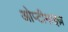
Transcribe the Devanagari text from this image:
ओप्टीमाइज़